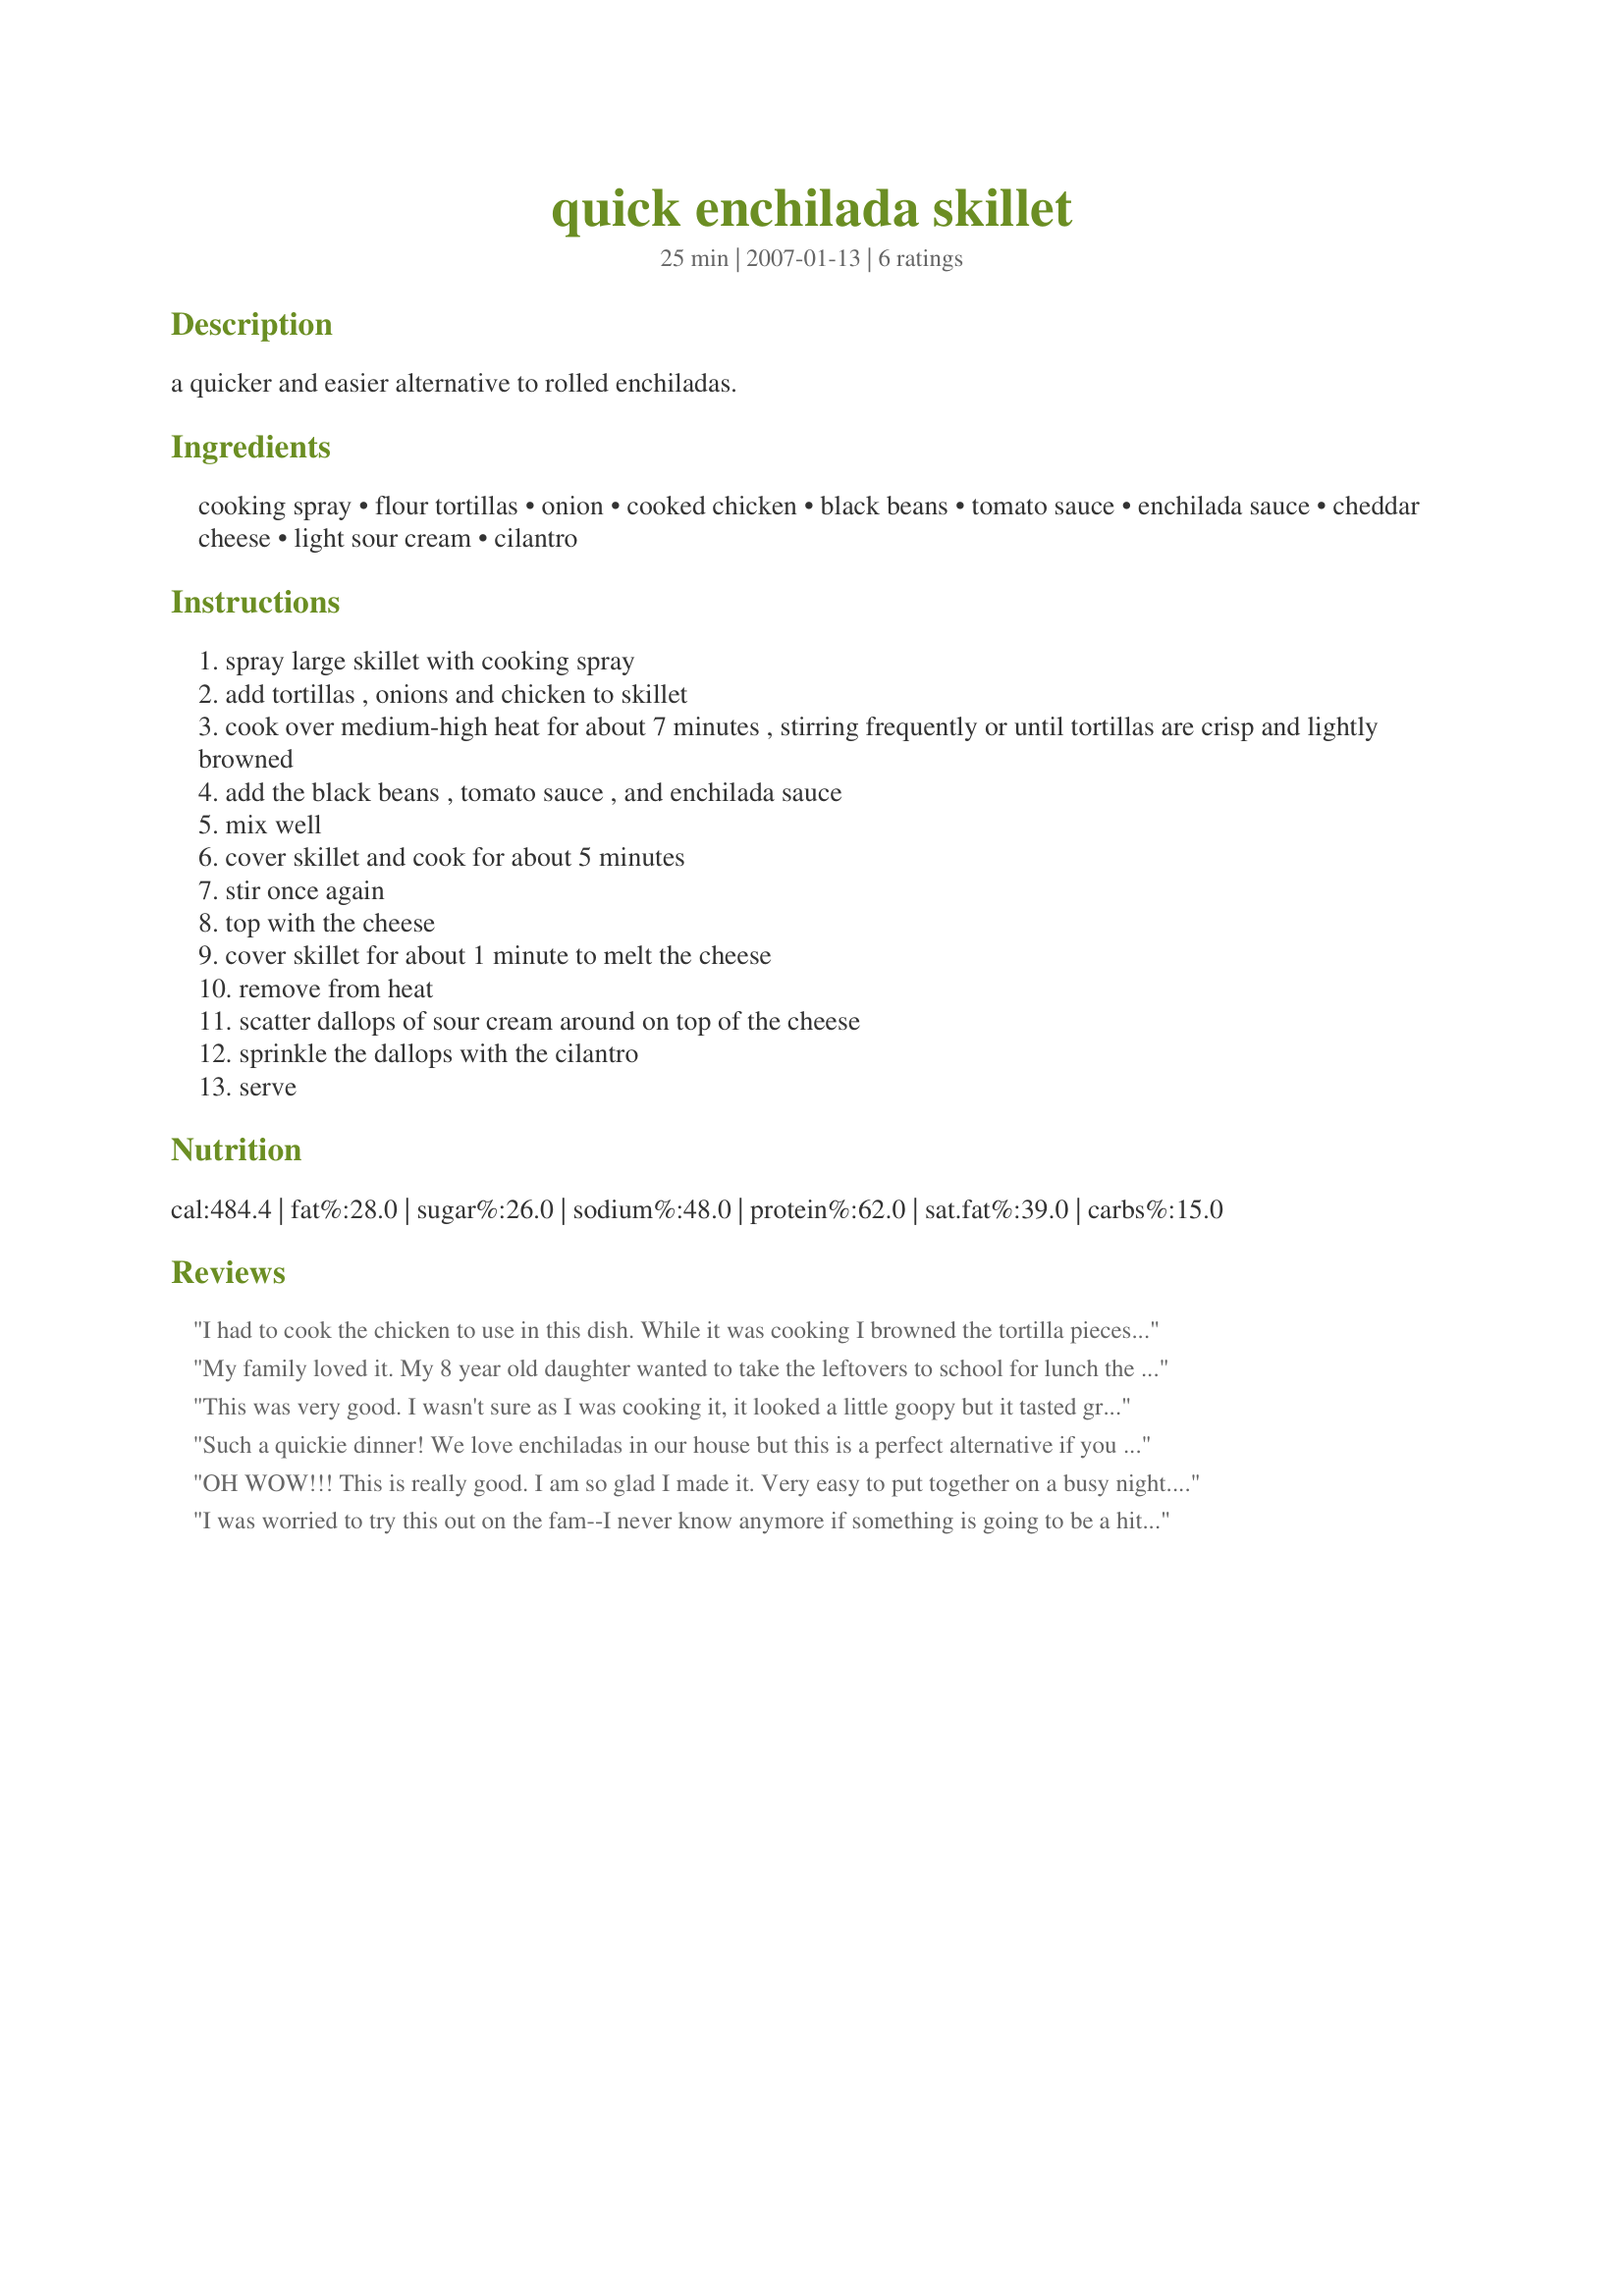
quick enchilada skillet
Preparation time: 25 minutes

a quicker and easier alternative to rolled enchiladas.

Ingredients:
cooking spray, flour tortillas, onion, cooked chicken, black beans, tomato sauce, enchilada sauce, cheddar cheese, light sour cream, cilantro

Steps:
spray large skillet with cooking spray
add tortillas , onions and chicken to skillet
cook over medium-high heat for about 7 minutes , stirring frequently or until tortillas are crisp and lightly browned
add the black beans , tomato sauce , and enchilada sauce
mix well
cover skillet and cook for about 5 minutes
stir once again
top with the cheese
cover skillet for about 1 minute to melt the cheese
remove from heat
scatter dallops of sour cream around on top of the cheese
sprinkle the dallops with the cilantro
serve

Reviews:
I had to cook the chicken to use in this dish. While it was cooking I browned the tortilla pieces in the oven. I thought the sauce was a little plain so I added some salt, pepper, garlic powder, cayenne, & seasoning salt to it. Very easy to make. Thanks Parsley
My family loved it. My 8 year old daughter wanted to take the leftovers to school for lunch the next day. Will be adding to regular rotation.
This was very good. I wasn't sure as I was cooking it, it looked a little goopy but it tasted great. Made it with spanish rice and pico de gallo. Is definately going in monthly rotation.

 Thanx!
Such a quickie dinner! We love enchiladas in our house but this is a perfect alternative if you don't want to heat the oven up or take time to roll up the tortillas. This time we kept it vegetarian--doubled the beans and added some corn Served with diced lettuce and tomatoes. My non-eating 5 year old even ate it without having to remind her to eat a hundred times!
OH WOW!!! This is really good. I am so glad I made it. Very easy to put together on a busy night. Especially when you have leftover chicken. I only used 8 flour tortillas, as mine were the oversized ones. I would not change anything on this recipe as it is really good as is. I will be making this over the summer when it's to hot out to start the oven. DH loved it, so it's a winner in our house!!
I was worried to try this out on the fam--I never know anymore if something is going to be a hit or a bomb. I had to use Ro-tel tomatoes in place of tomato sauce and enchilada sauce because that was all I had. Everyone loved this!! I think the enchilada sauce and tomato sauce combo would have made this even better, so I will do that next time. Thanks for getting me through another meal with picky teenagers!
KCShell
